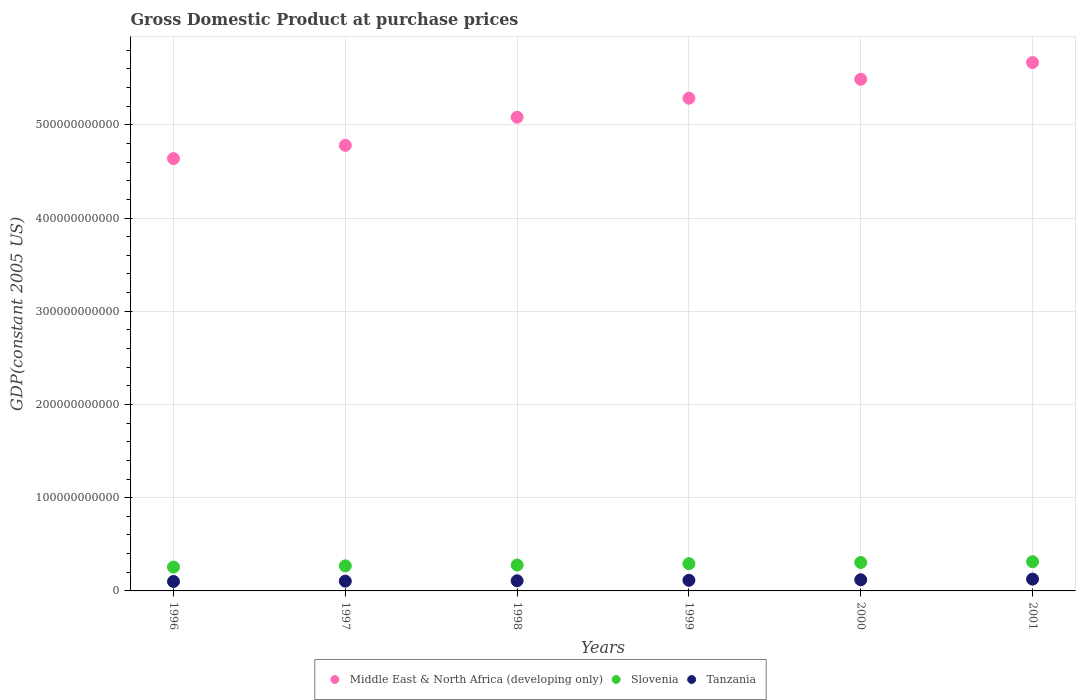
| Years | Middle East & North Africa (developing only) | Slovenia | Tanzania |
 | --- | --- | --- | --- |
 | 1996 | 4.64e+11 | 2.56e+10 | 1.01e+10 |
 | 1997 | 4.78e+11 | 2.69e+10 | 1.05e+10 |
 | 1998 | 5.08e+11 | 2.78e+10 | 1.09e+10 |
 | 1999 | 5.29e+11 | 2.92e+10 | 1.14e+10 |
 | 2000 | 5.49e+11 | 3.05e+10 | 1.2e+10 |
 | 2001 | 5.67e+11 | 3.14e+10 | 1.27e+10 |